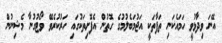
އޭނަ ވިދާޅުވީ ހަމައެކަނި ތަފާތަކީ އަޖުމަބެލުމުގެ ގޮތުން އެފޮށިތަކުގައި ހަރުކުރެވޭ ވޯޓުގުނާ މެޝިނުން